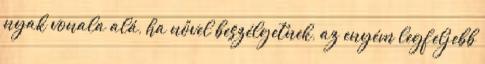
nyak vonala alá, ha nővel beszélgetnek, az enyém legfeljebb